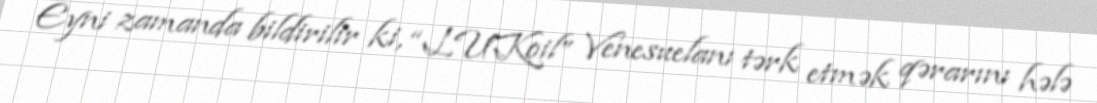
Eyni zamanda bildirilir ki, “LUKoil” Venesuelanı tərk etmək qərarını hələ